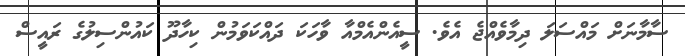
ސާމާނަށް މައްސަލަ ދިމާވެއްޖެ އެވެ. ސީއެންއެމްއާ ވާހަކަ ދައްކަވަމުން ކިހާދޫ ކައުންސިލުގެ ރައީސް